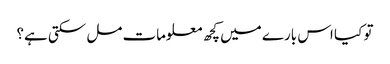
تو کیا اس بارے میں کچھ معلومات مل سکتی ہے؟